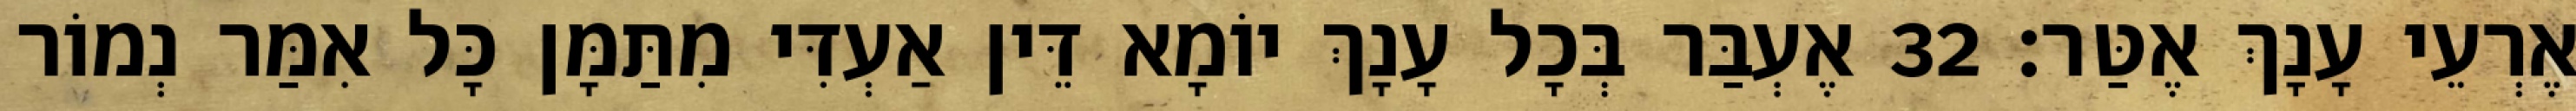
אֶרְעֵי עָנָךְ אֶטַּר׃ 32 אֶעְבַּר בְּכָל עָנָךְ יוֹמָא דֵּין אַעְדִּי מִתַּמָּן כָּל אִמַּר נְמוֹר